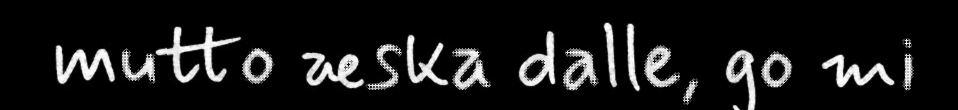
mutto æska dalle, go mi